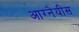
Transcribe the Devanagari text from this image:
आग्‍नेयीस